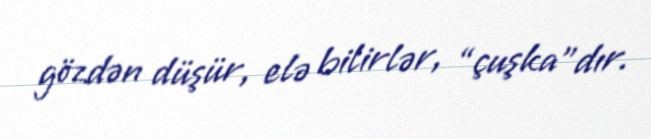
gözdən düşür, elə bilirlər, “çuşka”dır.